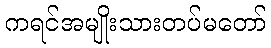
ကရင်အမျိုးသားတပ်မတော်